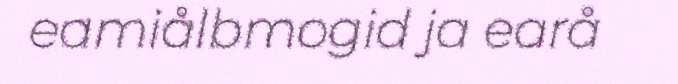
eamiålbmogid ja earå